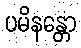
ပမိနန္တော